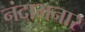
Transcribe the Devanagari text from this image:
नंदाभनार